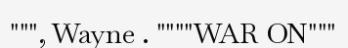
""", Wayne . """"WAR ON"""